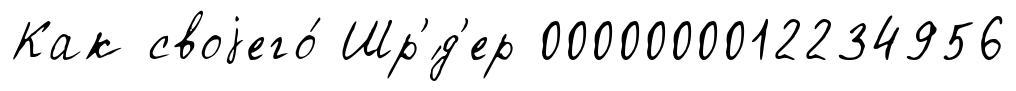
Как своjего́ Шр'́д'ер 0000000012234956